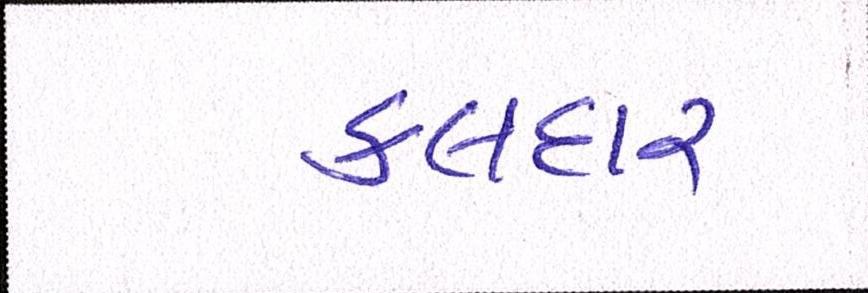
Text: કલદાર